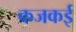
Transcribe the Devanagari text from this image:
कजकई